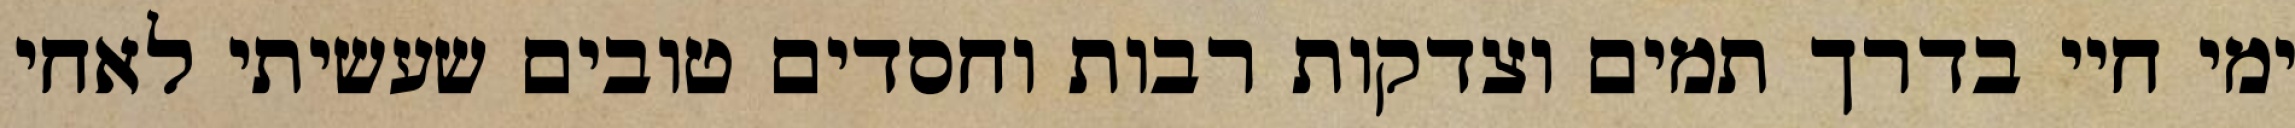
ימי חיי בדרך תמים וצדקות רבות וחסדים טובים שעשיתי לאחי